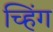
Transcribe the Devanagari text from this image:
च्हिंग